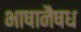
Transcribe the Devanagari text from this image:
भाषानैषध